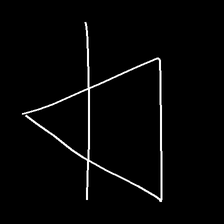
Glyph: empower